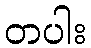
တပါး